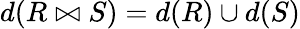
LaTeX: d(R\bowtie S)=d(R)\cup d(S)